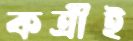
কর্ত্রীই